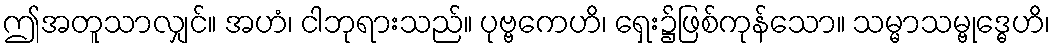
ဤအတူသာလျှင်။ အဟံ၊ ငါဘုရားသည်။ ပုဗ္ဗကေဟိ၊ ရှေး၌ဖြစ်ကုန်သော။ သမ္မာသမ္ဗုဒ္ဓေဟိ၊